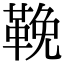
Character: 鞔